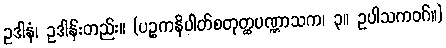
ဥဒါနံ၊ ဥဒါန်းတည်း။ (ပဉ္စကနိပါတ်စတုတ္ထပဏ္ဏာသက၊ ၃။ ဥပါသကဝဂ်။)